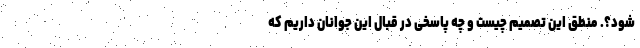
شود؟. منطق این تصمیم چیست و چه پاسخی در قبال این جوانان داریم که